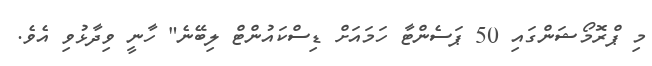
މި ޕްރޮމޯޝަންގައި 50 ޕަސެންޓާ ހަމައަށް ޑިސްކައުންޓް ލިބޭނެ" ހާނީ ވިދާޅުވި އެވެ.